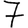
Digit: 7